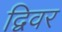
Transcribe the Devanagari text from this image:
द्विवर